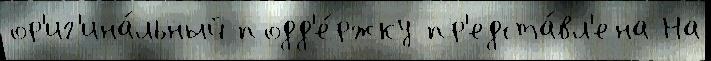
ор'иг'ина́льный подд'е́ржку пр'едста́вл'ена На